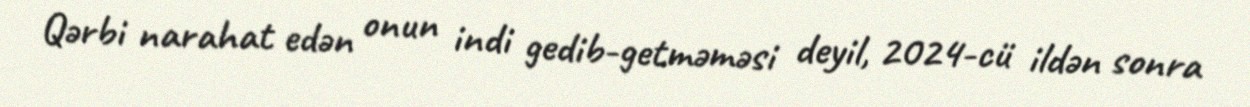
Qərbi narahat edən onun indi gedib-getməməsi deyil, 2024-cü ildən sonra